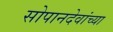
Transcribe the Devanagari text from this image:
सोपानदेवांच्या